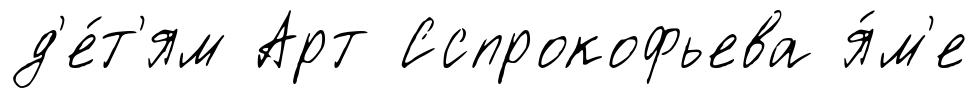
д'е́т'ям Арт Сспрокофьева я́м'е